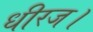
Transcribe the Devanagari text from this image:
धीरज।